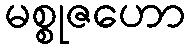
မစ္စုဇဟော